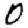
Digit: 0